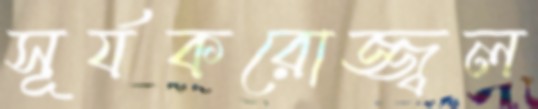
সূর্যকরোজ্জ্বল